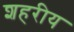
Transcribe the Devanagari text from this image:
शहरीय